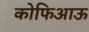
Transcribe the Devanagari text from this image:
कोफिआऊ